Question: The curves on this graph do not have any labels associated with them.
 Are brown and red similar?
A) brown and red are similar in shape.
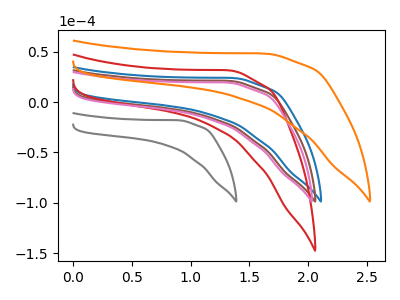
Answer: <think>The blue curve "blue" has no peaks. The brown curve "brown" has no peaks. The red curve "red" has no peaks. The gray curve "gray" has no peaks. The pink curve "pink" has no peaks. The orange curve "orange" has no peaks.
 Neither "brown" or "red" have any peaks.</think>
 <answer>A) "brown" and "red" are similar in shape.</answer>
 <eval>A</eval>